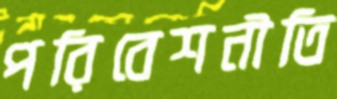
পরিবেশনীতি